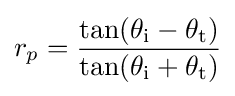
r_{p}={\frac {\tan(\theta _{\text{i}}-\theta _{\text{t}})}{\tan(\theta _{\text{i}}+\theta _{\text{t}})}}